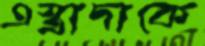
এস্ত্রাদাকে